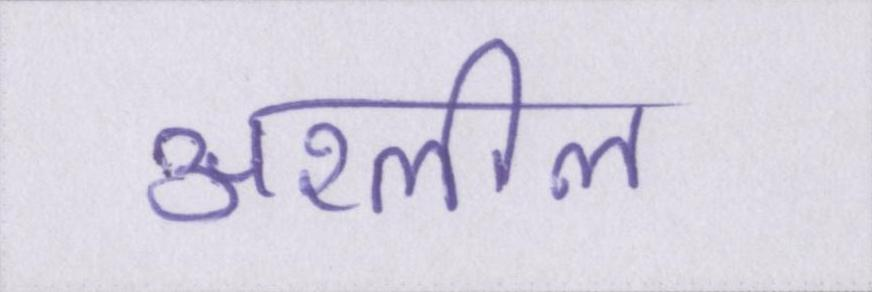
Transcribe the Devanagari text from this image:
अश्लील